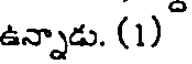
ఉన్నాడు. (1)